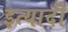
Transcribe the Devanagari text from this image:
इत्यादी